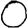
Digit: 0